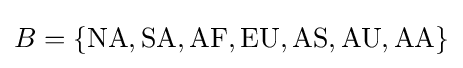
B=\{{\text{NA}},{\text{SA}},{\text{AF}},{\text{EU}},{\text{AS}},{\text{AU}},{\text{AA}}\}